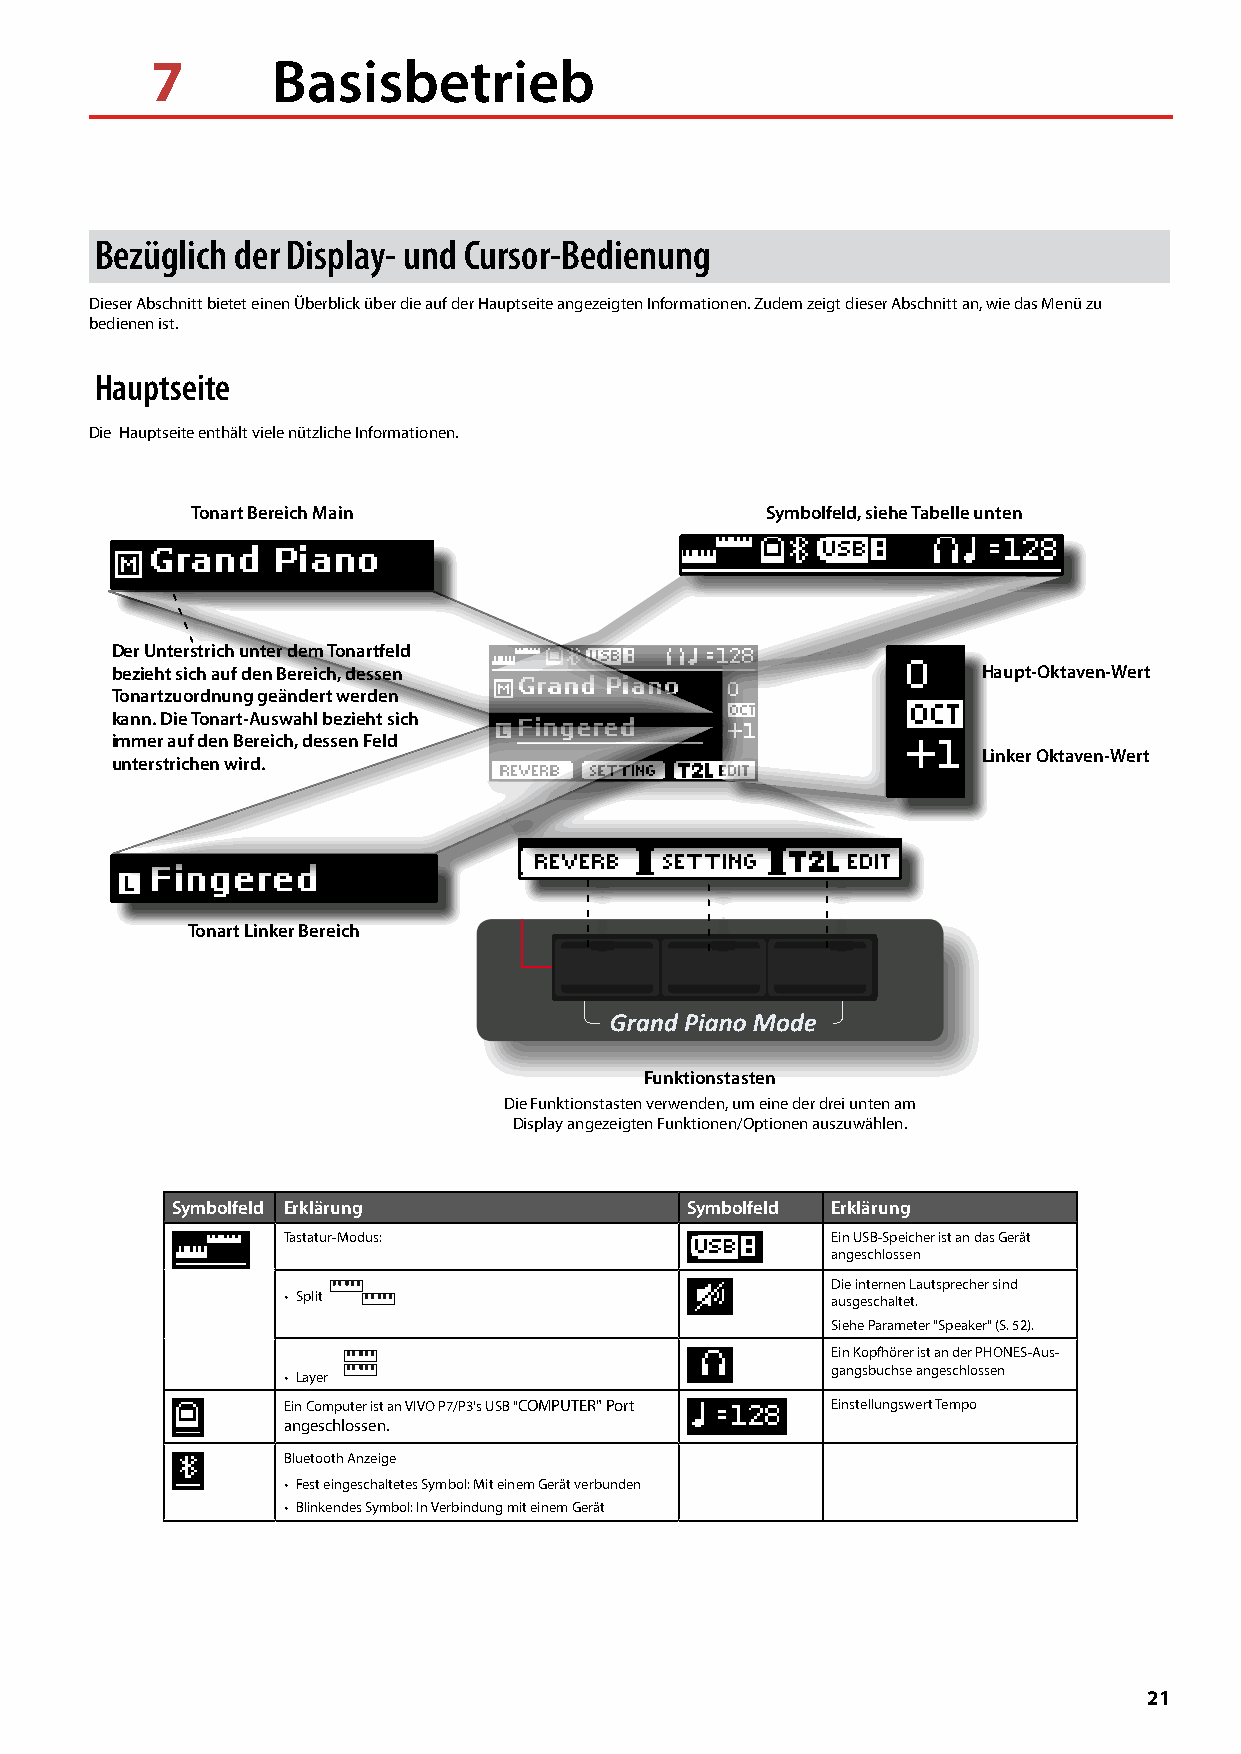
7       Basisbetrieb
 Bezüglich der Display- und Cursor-Bedienung
 Dieser Abschnitt bietet einen Überblick über die auf der Hauptseite angezeigten Informationen. Zudem zeigt dieser Abschnitt an, wie das Menü zu
 bedienen ist.
 Hauptseite
 Die Hauptseite enthält viele nützliche Informationen.
 Tonart Bereich Main                   Symbolfeld, siehe Tabelle unten
 Der Unterstrich unter dem Tonartfeld
 bezieht sich auf den Bereich, dessen                      Haupt-Oktaven-Wert
 Tonartzuordnung geändert werden
 kann. Die Tonart-Auswahl bezieht sich
 immer auf den Bereich, dessen Feld
 Linker Oktaven-Wert
 unterstrichen wird.
 Tonart Linker Bereich
 Funktionstasten
 Die Funktionstasten verwenden, um eine der drei unten am
 Display angezeigten Funktionen/Optionen auszuwählen.
 Symbolfeld Erklärung              Symbolfeld Erklärung
 Tastatur-Modus:                     Ein USB-Speicher ist an das Gerät
 angeschlossen
 Die internen Lautsprecher sind
 • Split                             ausgeschaltet.
 Siehe Parameter "Speaker" (S. 52).
 Ein Kopfhörer ist an der PHONES-Aus-
 gangsbuchse angeschlossen
 • Layer
 Ein Computer ist an VIVO P7/P3's USB "COMPUTER" Port Einstellungswert Tempo
 angeschlossen.
 Bluetooth Anzeige
 • Fest eingeschaltetes Symbol: Mit einem Gerät verbunden
 • Blinkendes Symbol: In Verbindung mit einem Gerät
 21